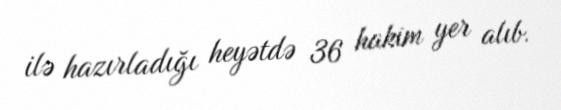
ilə hazırladığı heyətdə 36 hakim yer alıb.